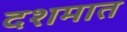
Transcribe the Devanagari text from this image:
दशमात